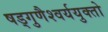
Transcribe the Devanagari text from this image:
षड्गुणैश्वर्ययुक्तो